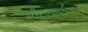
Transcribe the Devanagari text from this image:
सेमनचेररी